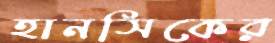
হানসিকের